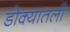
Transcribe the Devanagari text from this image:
डोक्यातली